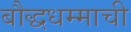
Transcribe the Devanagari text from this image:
बौद्धधम्माची